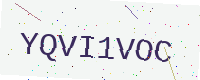
Text: YQVI1VOC